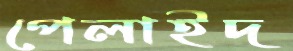
পেলাইদ